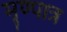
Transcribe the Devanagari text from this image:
मृण्पात्र